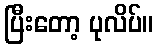
ပြီးတော့ ပုလိပ်။